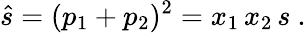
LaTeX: \hat{s}=(p_{1}+p_{2})^{2}=x_{1}\, x_{2}\, s~.